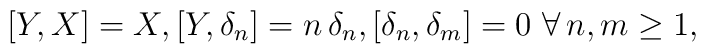
[Y,X] = X , [Y,\delta_n] = n \, \delta_n , [\delta_n , \delta_m] =0 \ \forall \, n , m \geq 1 ,